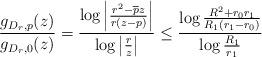
LaTeX: \begin{align*} \frac{g_{D_r,p}(z)}{g_{D_r,0}(z)} = \frac{\log\left|\frac{r^2-\overline{p}z}{r(z-p)} \right|}{\log\left|\frac{r}{z} \right|} \le \frac{\log \frac{R^2 + r_0r_1}{R_1(r_1-r_0)}}{\log \frac{R_1}{r_1}} \end{align*}